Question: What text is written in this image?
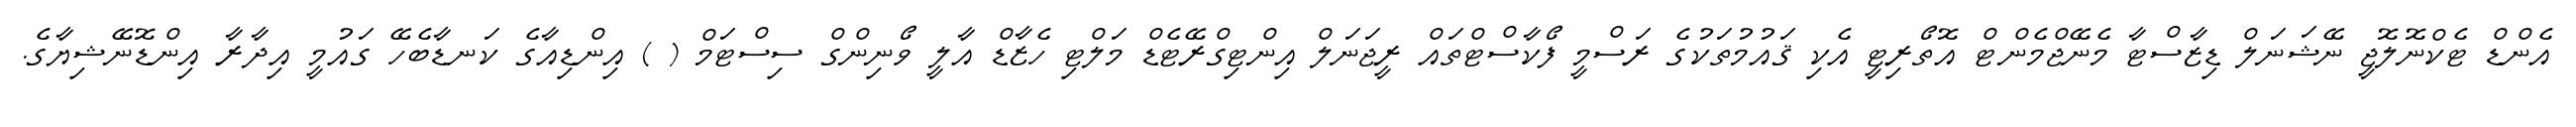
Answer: އެންޑް ޓެކްނޮލޮޖީ ނޭޝަނަލް ޑިޒާސްޓާ މެނޭޖްމެންޓް އޮތޯރިޓީ އެކި ޤައުމުތަކުގެ ރަސްމީ ފޯކާސްޓްތައް ރީޖަނަލް އިންޓިގްރޭޓެޑް މަލްޓި ހެޒާޑް އާލީ ވޯނިންގް ސިސްޓަމް ( ) އިންޑިއާގެ ކަނޑާބެހޭ ގައުމީ އިދާރާ އިންޑޮނޭޝިޔާގެ.